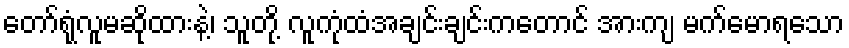
တော်ရုံလူမဆိုထားနဲ့၊ သူတို့ လူကုံထံအချင်းချင်းကတောင် အားကျ မက်မောရသော